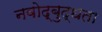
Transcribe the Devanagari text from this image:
नवोद्बुद्धता